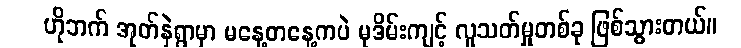
ဟိုဘက် အုတ်နှဲရွာမှာ မနေ့တနေ့ကပဲ မုဒိမ်းကျင့် လူသတ်မှုတစ်ခု ဖြစ်သွားတယ်။